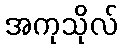
အကုသိုလ်